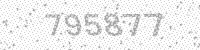
Solution: 795877